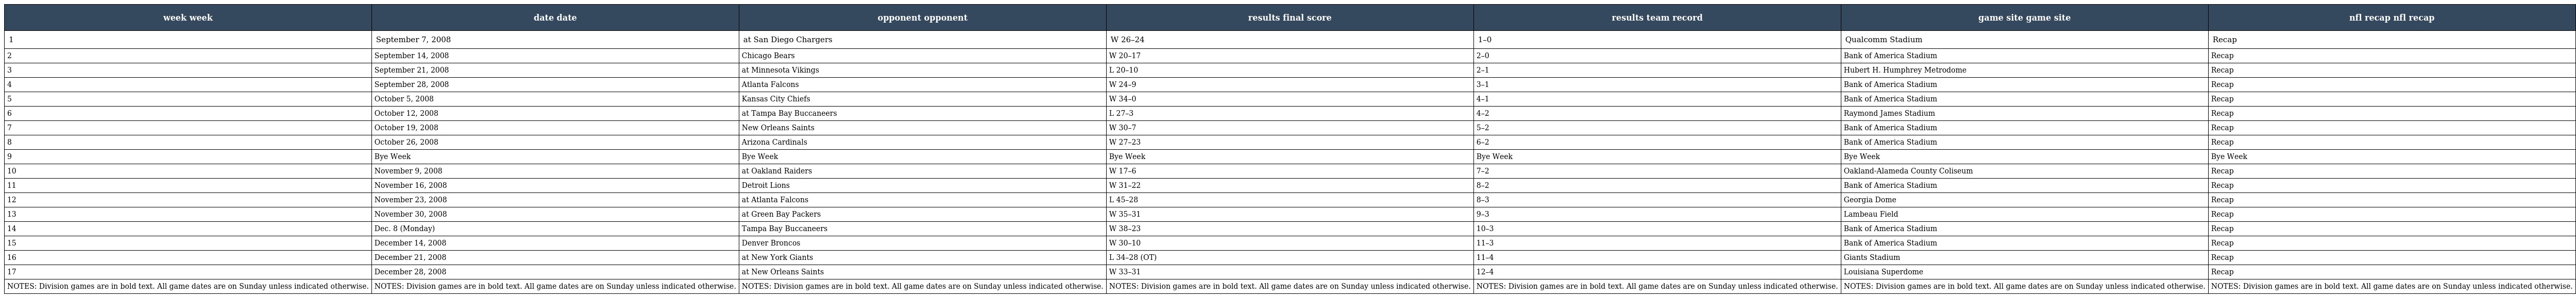
| week week | date date | opponent opponent | results final score | results team record | game site game site | nfl recap nfl recap |
 | --- | --- | --- | --- | --- | --- | --- |
 | 1 | September 7, 2008 | at San Diego Chargers | W 26–24 | 1–0 | Qualcomm Stadium | Recap |
 | 2 | September 14, 2008 | Chicago Bears | W 20–17 | 2–0 | Bank of America Stadium | Recap |
 | 3 | September 21, 2008 | at Minnesota Vikings | L 20–10 | 2–1 | Hubert H. Humphrey Metrodome | Recap |
 | 4 | September 28, 2008 | Atlanta Falcons | W 24–9 | 3–1 | Bank of America Stadium | Recap |
 | 5 | October 5, 2008 | Kansas City Chiefs | W 34–0 | 4–1 | Bank of America Stadium | Recap |
 | 6 | October 12, 2008 | at Tampa Bay Buccaneers | L 27–3 | 4–2 | Raymond James Stadium | Recap |
 | 7 | October 19, 2008 | New Orleans Saints | W 30–7 | 5–2 | Bank of America Stadium | Recap |
 | 8 | October 26, 2008 | Arizona Cardinals | W 27–23 | 6–2 | Bank of America Stadium | Recap |
 | 9 | Bye Week | Bye Week | Bye Week | Bye Week | Bye Week | Bye Week |
 | 10 | November 9, 2008 | at Oakland Raiders | W 17–6 | 7–2 | Oakland-Alameda County Coliseum | Recap |
 | 11 | November 16, 2008 | Detroit Lions | W 31–22 | 8–2 | Bank of America Stadium | Recap |
 | 12 | November 23, 2008 | at Atlanta Falcons | L 45–28 | 8–3 | Georgia Dome | Recap |
 | 13 | November 30, 2008 | at Green Bay Packers | W 35–31 | 9–3 | Lambeau Field | Recap |
 | 14 | Dec. 8 (Monday) | Tampa Bay Buccaneers | W 38–23 | 10–3 | Bank of America Stadium | Recap |
 | 15 | December 14, 2008 | Denver Broncos | W 30–10 | 11–3 | Bank of America Stadium | Recap |
 | 16 | December 21, 2008 | at New York Giants | L 34–28 (OT) | 11–4 | Giants Stadium | Recap |
 | 17 | December 28, 2008 | at New Orleans Saints | W 33–31 | 12–4 | Louisiana Superdome | Recap |
 | NOTES: Division games are in bold text. All game dates are on Sunday unless indicated otherwise. | NOTES: Division games are in bold text. All game dates are on Sunday unless indicated otherwise. | NOTES: Division games are in bold text. All game dates are on Sunday unless indicated otherwise. | NOTES: Division games are in bold text. All game dates are on Sunday unless indicated otherwise. | NOTES: Division games are in bold text. All game dates are on Sunday unless indicated otherwise. | NOTES: Division games are in bold text. All game dates are on Sunday unless indicated otherwise. | NOTES: Division games are in bold text. All game dates are on Sunday unless indicated otherwise. |